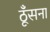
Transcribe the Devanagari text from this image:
ठूँसना